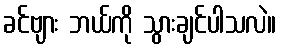
ခင်ဗျား ဘယ်ကို သွားချင်ပါသလဲ။